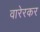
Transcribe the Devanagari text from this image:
वारेरकर